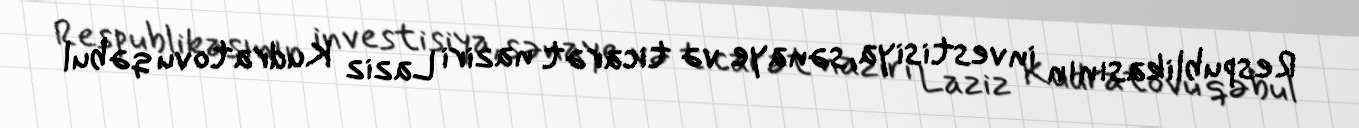
Respublikasının investisiya, sənaye və ticarət naziri Laziz Kudratovu qəbul